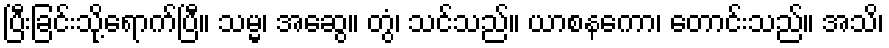
ပြီးခြင်းသို့ရောက်ပြီ။ သမ္မ၊ အဆွေ။ တွံ၊ သင်သည်။ ယာစနကော၊ တောင်းသည်။ အသိ၊